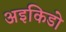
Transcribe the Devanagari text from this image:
अइकिडो